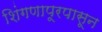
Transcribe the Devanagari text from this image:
शिंगणापूरपासून